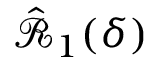
\hat { \mathcal { R } } _ { 1 } ( \delta )